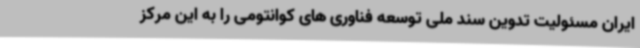
ایران مسئولیت تدوین سند ملی توسعه فناوری های کوانتومی را به این مرکز